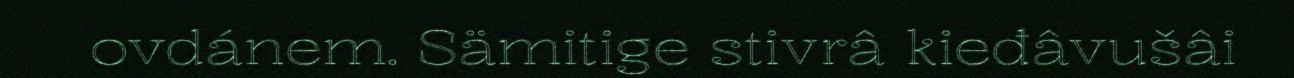
ovdánem. Sämitige stivrâ kieđâvušâi